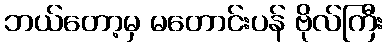
ဘယ်တော့မှ မတောင်းပန် ဗိုလ်ကြီး